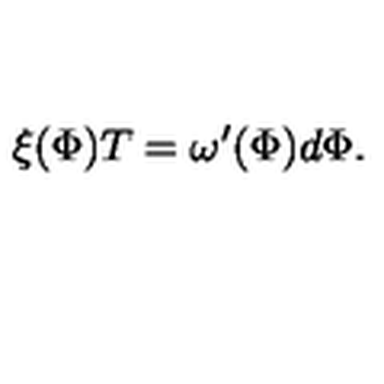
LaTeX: \xi ( \Phi ) T = \omega ^ { \prime } ( \Phi ) d \Phi .